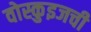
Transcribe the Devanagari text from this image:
वोस्कुइजची